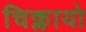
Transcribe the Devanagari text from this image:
चिक्लायो